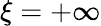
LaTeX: \xi=+\infty